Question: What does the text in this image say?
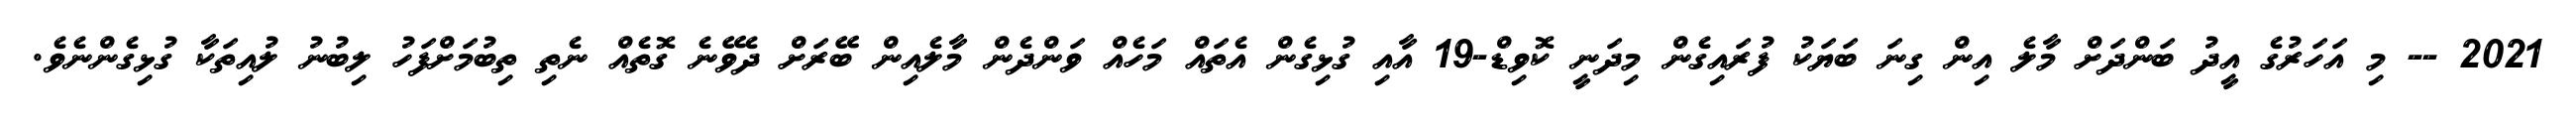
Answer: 2021 -- މި އަހަރުގެ އީދު ބަންދަށް މާލެ އިން ގިނަ ބަޔަކު ފުރައިގެން މިދަނީ ކޮވިޑް-19 އާއި ގުޅިގެން އެތައް މަހެއް ވަންދެން މާލެއިން ބޭރަށް ދެވޭނެ ގޮތެއް ނެތި ތިބުމަށްފަހު ލިބުނު ލުއިތަކާ ގުޅިގެންނެވެ.